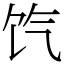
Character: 饩